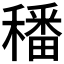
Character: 𥢌